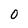
Character: 0